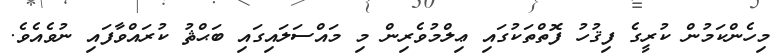
މިހެންކަމުން ކުރީގެ ފިޤުހު ފޮތްތަކުގައި ޢިލްމުވެރިން މި މައްސަލައިގައި ބަޙްޘު ކުރައްވާފައި ނުވެއެވެ.